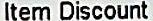
ITEM DISCOUNT